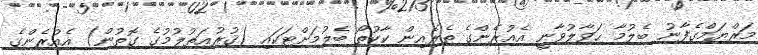
މަރްޔަމްގެފާނު ބެލުމާ ޙަވާލުވާނީ އެއުރެންގެ ތެރެއިން ކާކުތޯ ބެލުމަށްޓަކައި (ޤުރުޢަތުލުމުގެ ގޮތުން) އެއުރެންގެ